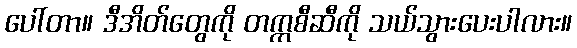
ပေါ်တာ။ ဒီအိတ်တွေကို တက္ကစီဆီကို သယ်သွားပေးပါလား။